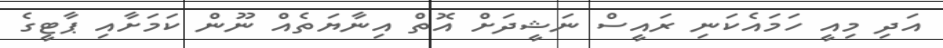
އަދި މިއީ ހަމައެކަނި ރައީސް ނަޝީދަށް އޮތް އިނާޔަތެއް ނޫން ކަމަށާއި ޕާޓީގެ